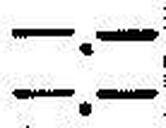
—.—